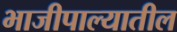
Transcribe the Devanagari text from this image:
भाजीपाल्यातील